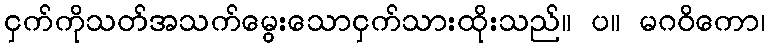
ငှက်ကိုသတ်အသက်မွေးသောငှက်သားထိုးသည်။ ပ။ မဂဝိကော၊